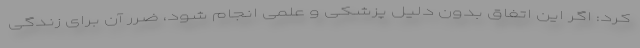
کرد: اگر این اتفاق بدون دلیل پزشکی و علمی انجام شود، ضرر آن برای زندگی